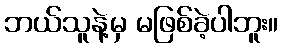
ဘယ်သူနဲ့မှ မဖြစ်ခဲ့ပါဘူး။